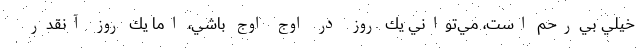
خيلي بي‌رحم است، مي‌تواني يك روز در اوج اوج باشي، اما يك روز آنقدر